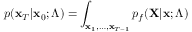
p ( \mathbf { x } _ { T } | \mathbf { x } _ { 0 } ; \Lambda ) = \int _ { \mathbf { x } _ { 1 } , \dots , \mathbf { x } _ { T - 1 } } p _ { f } ( \mathbf { X } | \mathbf { x } ; \Lambda )